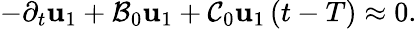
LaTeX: -\partial_{t}\mathbf{u}_{1}+{\cal B}_{0}\mathbf{u}_{1}+{\cal C}_{0}\mathbf{u}_{1}\left(t-T\right)\approx 0.